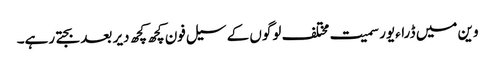
وین میں ڈراءیور سمیت مختلف لوگوں کے سیل فون کچھ کچھ دیر بعد بجتے رہے۔